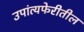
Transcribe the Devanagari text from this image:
उपांत्यफेरीतील